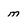
Character: m